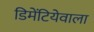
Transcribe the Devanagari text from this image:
डिमेंटियेवाला